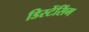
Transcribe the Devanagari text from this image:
डिस्टेंसिंग